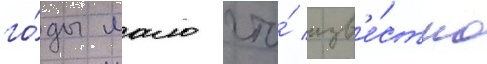
го́ды мало что́ изв'е́стно